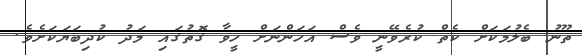
ތޫނު ބެލުމަކަށް ކެތް ކުރެވޭނީ ވެސް އަހަންނަށް ހީވާ ގޮތުގައި މަދު ކުދިބަޔަކަށެވެ.